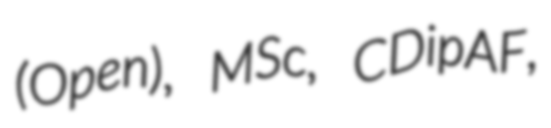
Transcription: (Open), MSc, CDipAF,